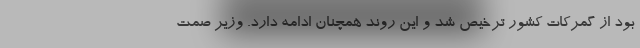
بود از گمرکات کشور ترخیص شد و این روند همچنان ادامه دارد. وزیر صمت